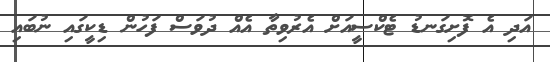
އަދި އެ ފޮށިގަނޑު ޓެކްސީއަށް އެރުވިތާ އެއް ދުވަސް ފަހުން ޑިކީގައި ނުބައި